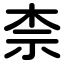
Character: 柰